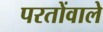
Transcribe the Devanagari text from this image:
परतोंवाले